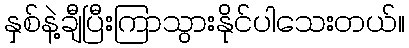
နှစ်နဲ့ချီပြီးကြာသွားနိုင်ပါသေးတယ်။